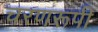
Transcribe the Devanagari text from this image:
चरणरूपी